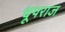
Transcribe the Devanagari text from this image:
धूपराज